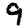
Digit: 9